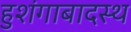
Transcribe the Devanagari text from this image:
हुशंगाबादस्थ